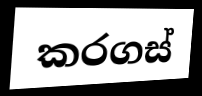
කරගස්